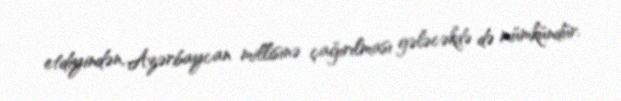
etdiyindən, Azərbaycan millisinə çağırılması gələcəkdə də mümkündür.